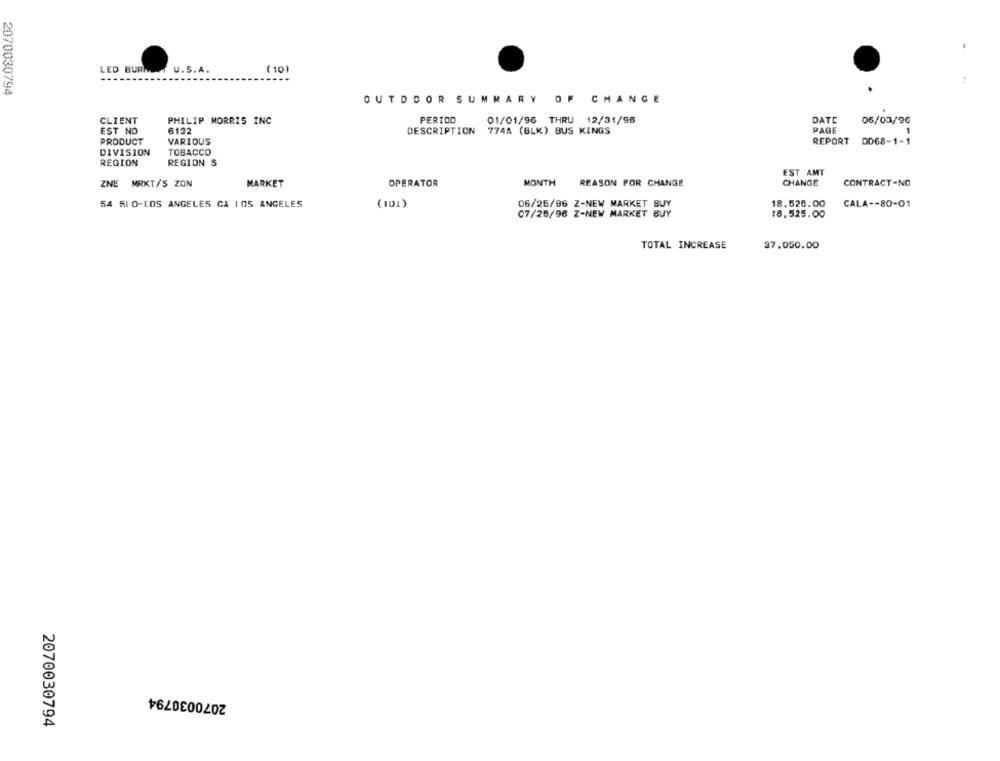
( 10)
LED BURN
U.S.A.
2070030794
OUTDOOR SUMMARY OF CHANGE
CLIENT
PHILIP MORRIS INC
PERIOD
01/01/96 THRU 12/31/96
DATE
06/03/96
EST NO
6132
PAGE
DESCRIPTION
774A (BLK) BUS KINGS
PRODUCT
VARIOUS
REPORT DD68-1-1
DIVISION
TOBACCO
REGION
REGION 5
EST AMT
ZNE MRKT/S ZON
MARKET
OPERATOR
MONTH
REASON FOR CHANGE
CHANGE
CONTRACT-NO
54 51 0-LOS ANGELES GA LOS ANGELES
(101)
06/25/96 Z-NEW MARKET BUY
18.525.00
CALA -- 80-01
07/25/96 Z-NEW MARKET BUY
18.525.00
TOTAL INCREASE
37.050.00
2070030794
2070030794